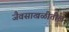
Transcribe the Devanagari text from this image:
जैवसाखळीतील